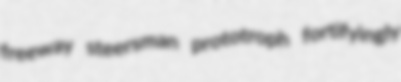
freeway steersman prototroph fortifyingly